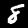
Digit: 8